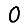
Digit: 0